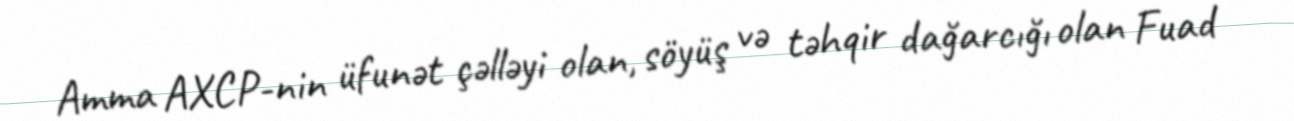
Amma AXCP-nin üfunət çəlləyi olan, söyüş və təhqir dağarcığı olan Fuad